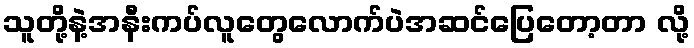
သူတို့နဲ့အနီးကပ်လူတွေလောက်ပဲအဆင်ပြေတော့တာ လို့